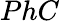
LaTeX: PhC